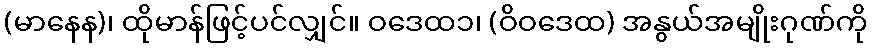
(မာနေန)၊ ထိုမာန်ဖြင့်ပင်လျှင်။ ဝဒေထ၁၊ (ဝိဝဒေထ) အနွယ်အမျိုးဂုဏ်ကို